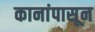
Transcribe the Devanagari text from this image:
कानांपासून